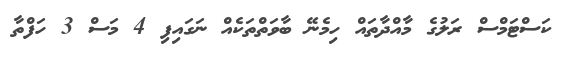
ކަސްޓަމްސް ރަލުގެ މާއްދާތައް ހިމެނޭ ބާވަތްތަކެއް ނަގައިފި 4 މަސް 3 ހަފްތާ